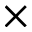
\times